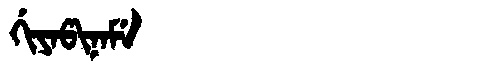
Manchu: ᡤᡳᠶᠠᡦᡳᠨᠠᠮᡝ
Romanization: GIYAPINAME